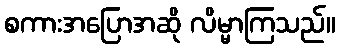
စကားအပြောအဆို လိမ္မာကြသည်။